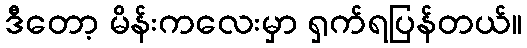
ဒီတော့ မိန်းကလေးမှာ ရှက်ရပြန်တယ်။